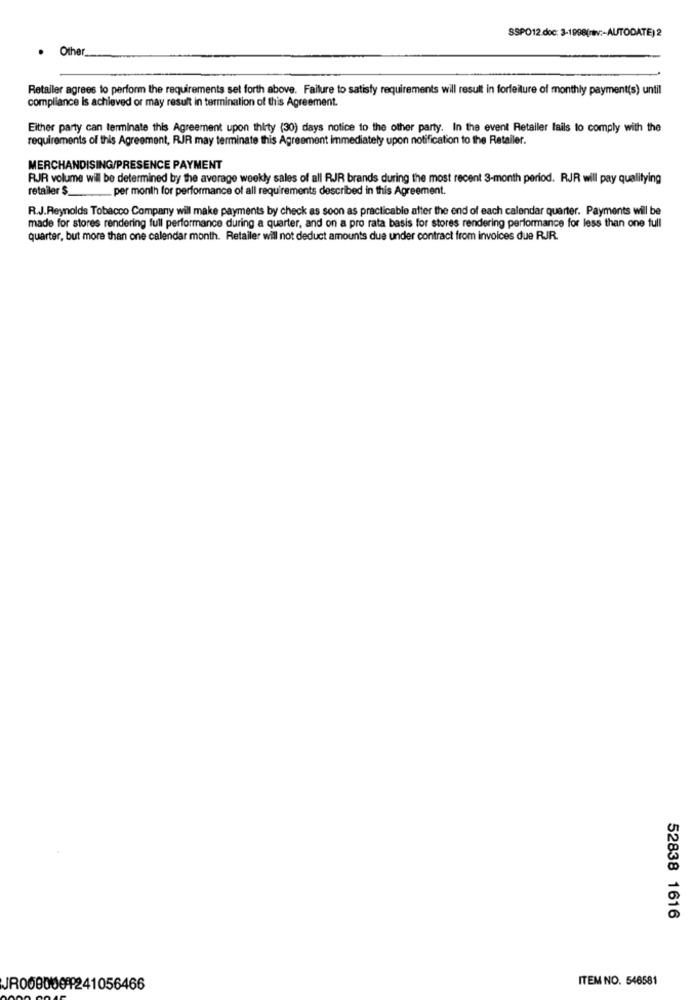
SSPO12.doc: 3-1998(rv :- AUTODATE) 2
. Other
Retailer agrees to perform the requirements set forth above. Failure to satisfy requirements will result in forfeiture of monthly payment(s) until
compliance is achieved or may result in termination of this Agreement.
Either party can terminate this Agreement upon thirty (30) days notice to the other party. In the event Retailer fails to comply with the
requirements of this Agreement, RJR may terminate this Agreement immediately upon notification to the Retailer.
MERCHANDISING/PRESENCE PAYMENT
RJR volume will be determined by the average weekly sales of all RJR brands during the most recent 3-month period. RJR will pay qualitying
retailer $
per month for performance of all requirements described in this Agreement.
R.J.Reynolds Tobacco Company will make payments by check as soon as practicable after the end of each calendar quarter. Payments will be
made for stores rendering full performance during a quarter, and on a pro rata basis for stores rendering performance for less than one full
quarter, but more than one calendar month. Retailer will not deduct amounts due under contract from invoices due RJR.
52838 1616
ITEM NO. 546581
JR0080001241056466